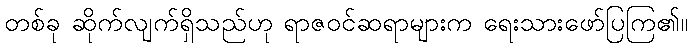
တစ်ခု ဆိုက်လျက်ရှိသည်ဟု ရာဇဝင်ဆရာများက ရေးသားဖော်ပြကြ၏။